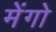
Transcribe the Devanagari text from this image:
मेंगो